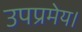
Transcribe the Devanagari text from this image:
उपप्रमेय।